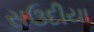
સઉદીયા